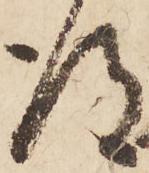
得